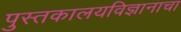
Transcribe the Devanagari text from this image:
पुस्तकालयविज्ञानाचा